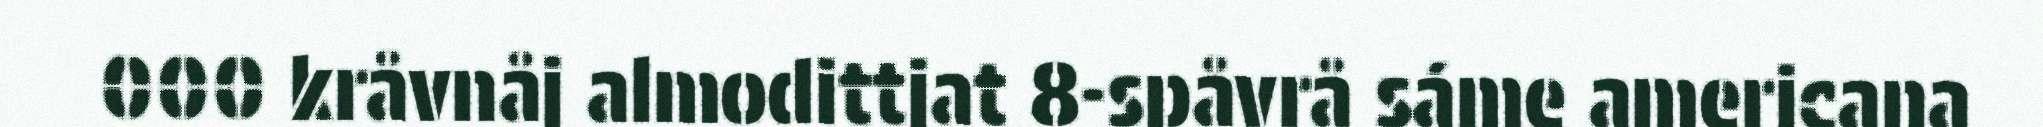
000 kråvnåj almodittjat 8-spåvrå sáme americana